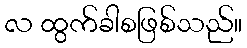
လ ထွက်ခါစဖြစ်သည်။